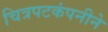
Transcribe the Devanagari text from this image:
चित्रपटकंपनीने